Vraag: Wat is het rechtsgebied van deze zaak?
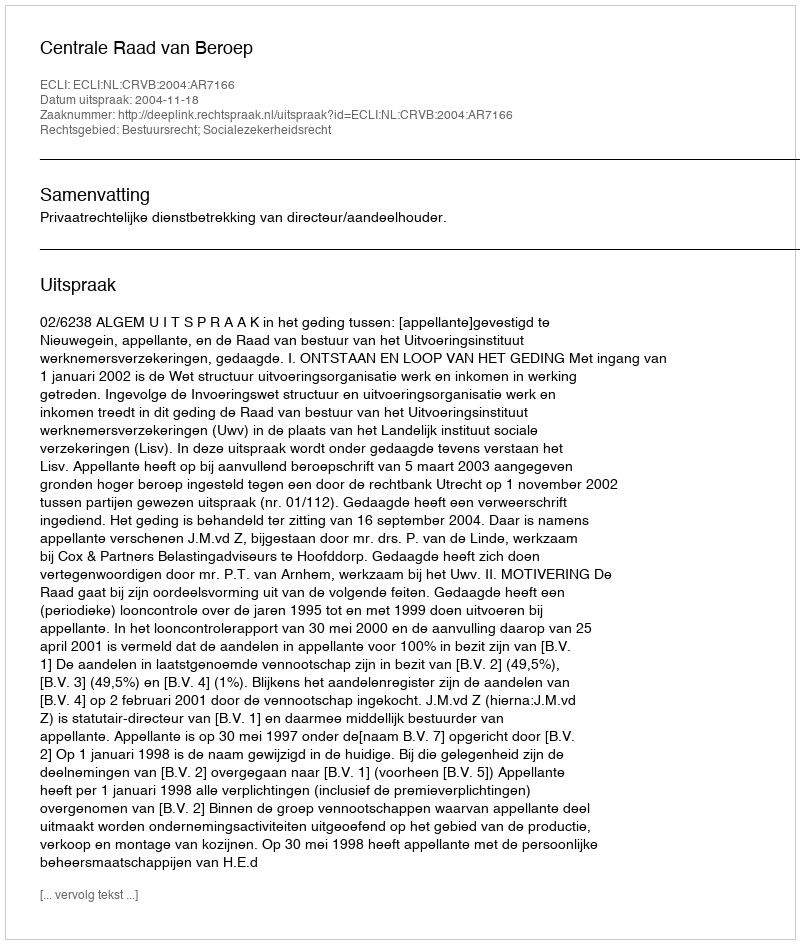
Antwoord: Bestuursrecht; Socialezekerheidsrecht